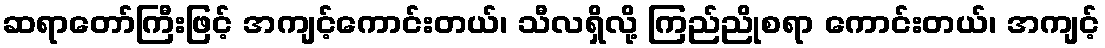
ဆရာတော်ကြီးဖြင့် အကျင့်ကောင်းတယ်၊ သီလရှိလို့ ကြည်ညိုစရာ ကောင်းတယ်၊ အကျင့်